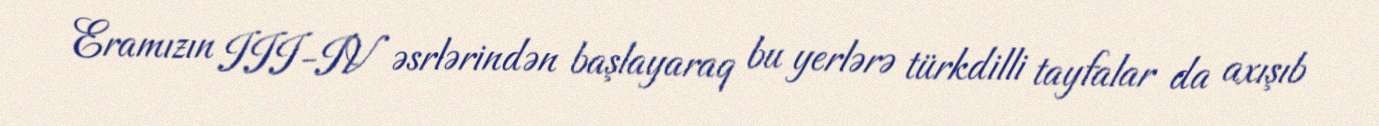
Eramızın III-IV əsrlərindən başlayaraq bu yerlərə türkdilli tayfalar da axışıb